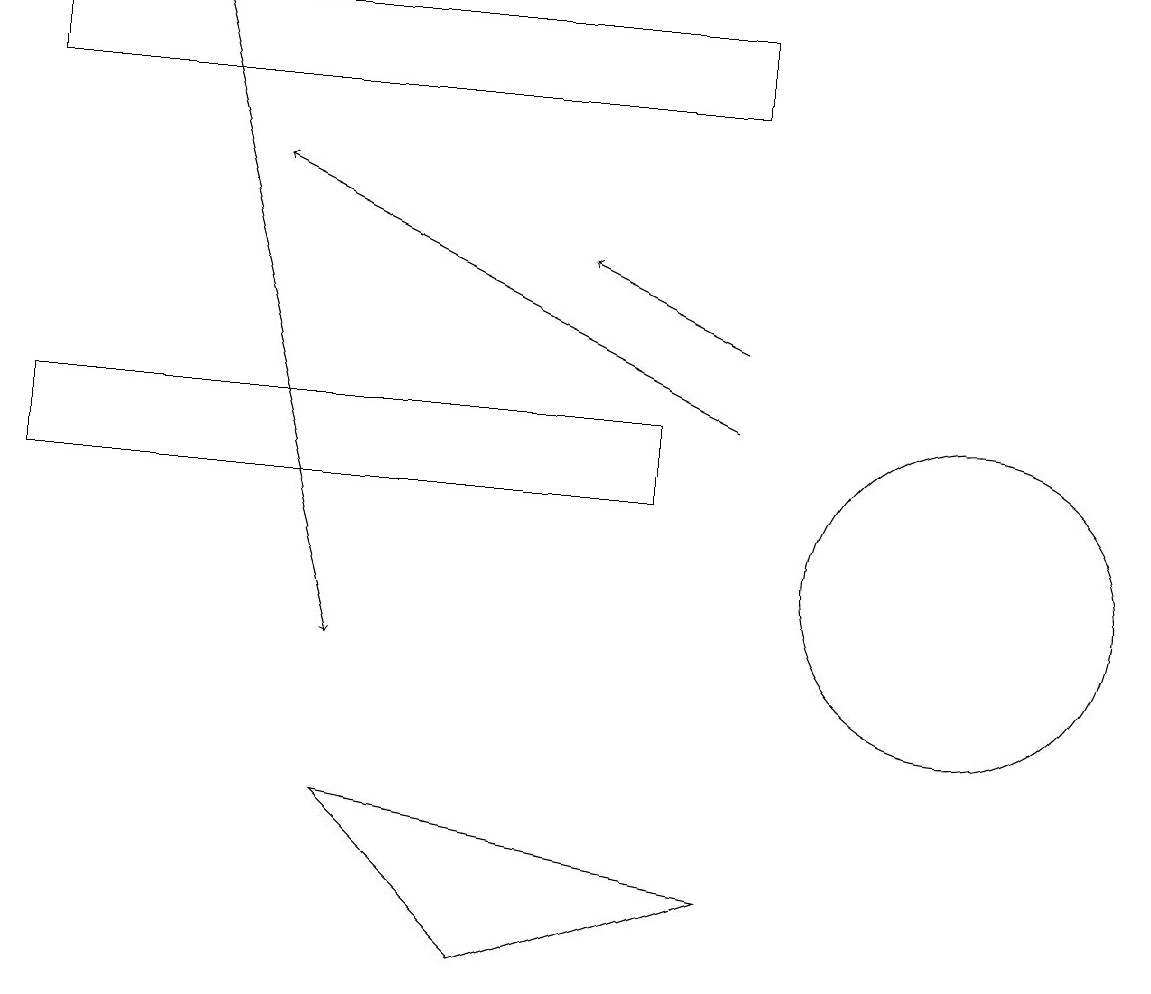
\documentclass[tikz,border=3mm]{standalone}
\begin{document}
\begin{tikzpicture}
\draw (0,18) rectangle (9,17);
\draw[->] (2,18) -- (4,10);
\draw (0,13) rectangle (8,12);
\draw[->] (9,13) -- (3,16);
\draw[->] (9,14) -- (7,15);
\draw (12,11) circle (2);
\draw (6,6) -- (9,7) -- (4,8) -- cycle;
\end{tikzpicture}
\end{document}